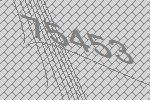
75453